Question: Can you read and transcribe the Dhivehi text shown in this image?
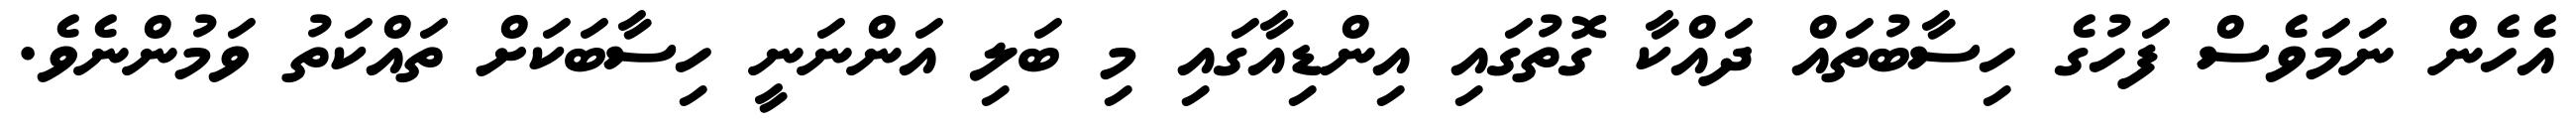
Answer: އެހެން ނަމަވެސް ފަހުގެ ހިސާބުތައް ދައްކާ ގޮތުގައި އިންޑިއާގައި މި ބަލި އަންނަނީ ހިސާބަކަށް ތައްކަތު ވަމުންނެވެ.